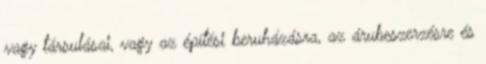
vagy társulásai, vagy az építési beruházásra, az árubeszerzésre és